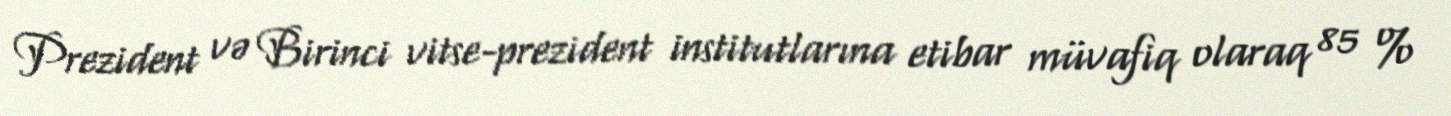
Prezident və Birinci vitse-prezident institutlarına etibar müvafiq olaraq 85 %